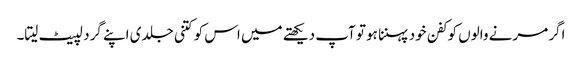
اگر مرنے والوں کو کفن خود پہننا ہو تو آپ دیکھتے میں اس کو کتنی جلدی اپنے گرد لپیٹ لیتا۔